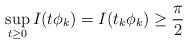
LaTeX: \begin{align*}\displaystyle \sup_{t\geq 0}I(t\phi_k)=I(t_k\phi_k)\geq \frac{\pi}{2}\end{align*}